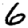
Digit: 6